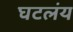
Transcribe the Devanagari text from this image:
घटलंय